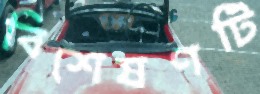
বিশেষণটি